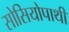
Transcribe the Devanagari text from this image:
सोसियोपाथी